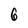
Character: 6